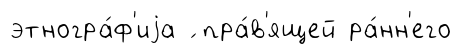
этногра́ф'иjа ́ пра́в'ящей ра́нн'его